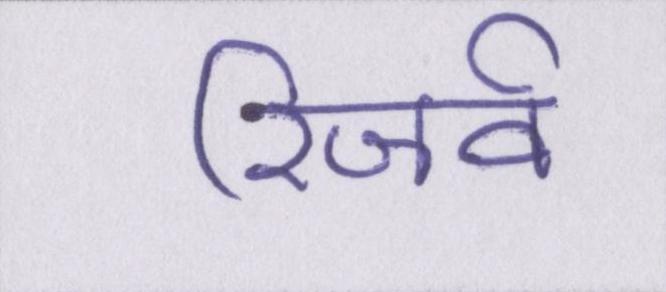
रिजर्व